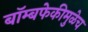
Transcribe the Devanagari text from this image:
बॉम्बफेकीमुळेच